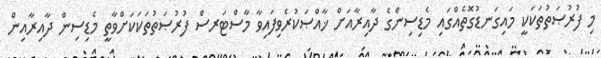
މި ފުރުޞަތުތަކަކީ މައިގަނޑުގޮތެއްގައި މެޑިސިންގެ ދާއިރާއަށް ޚާއްޞަކުރެވިފައިވާ މާސްޓަރސް ފުރުޞަތުތަކަކަށްވާތީ މެޑިސިން ދާއިރާއިން